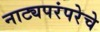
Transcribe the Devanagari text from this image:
नाट्यपरंपरेचे